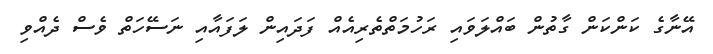
އޭނާގެ ކަންކަން ގާތުން ބައްލަވައި ރަހުމަތްތެރިއެއް ފަދައިން ލަފައާއި ނަސޭހަތް ވެސް ދެއްވި